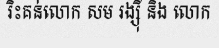
រិះគន់លោក សម រង្ស៊ី និង លោក